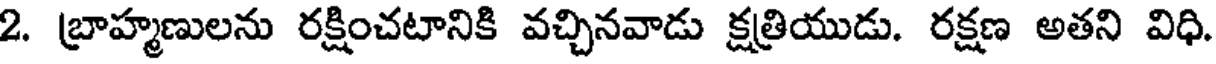
2. బ్రాహ్మణులను రక్షించటానికి వచ్చినవాడు క్షత్రియుడు. రక్షణ అతని విధి.